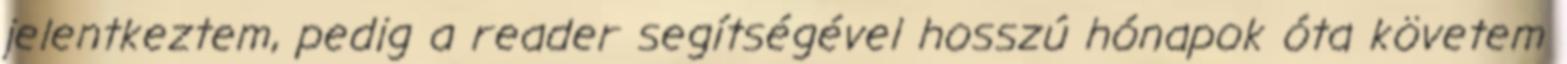
jelentkeztem, pedig a reader segítségével hosszú hónapok óta követem